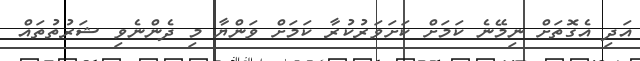
އަދި އެގޮތަށް ނިމޭނެ ކަމަށް ކަށަވަރުކުރާ ކަމަށް ވަންޔާ މި ދެންނެވި ޝަރުތުތައް